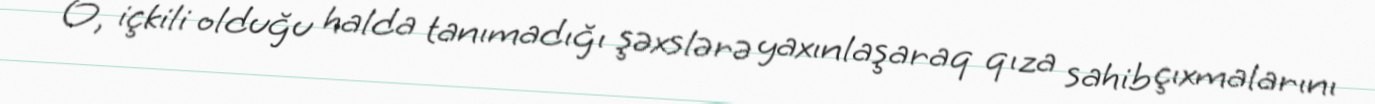
O, içkili olduğu halda tanımadığı şəxslərə yaxınlaşaraq qıza sahib çıxmalarını